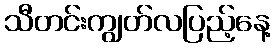
သီတင်းကျွတ်လပြည့်နေ့